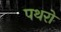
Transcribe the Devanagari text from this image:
पथरो